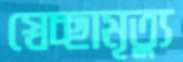
স্বেচ্ছামৃত্যু